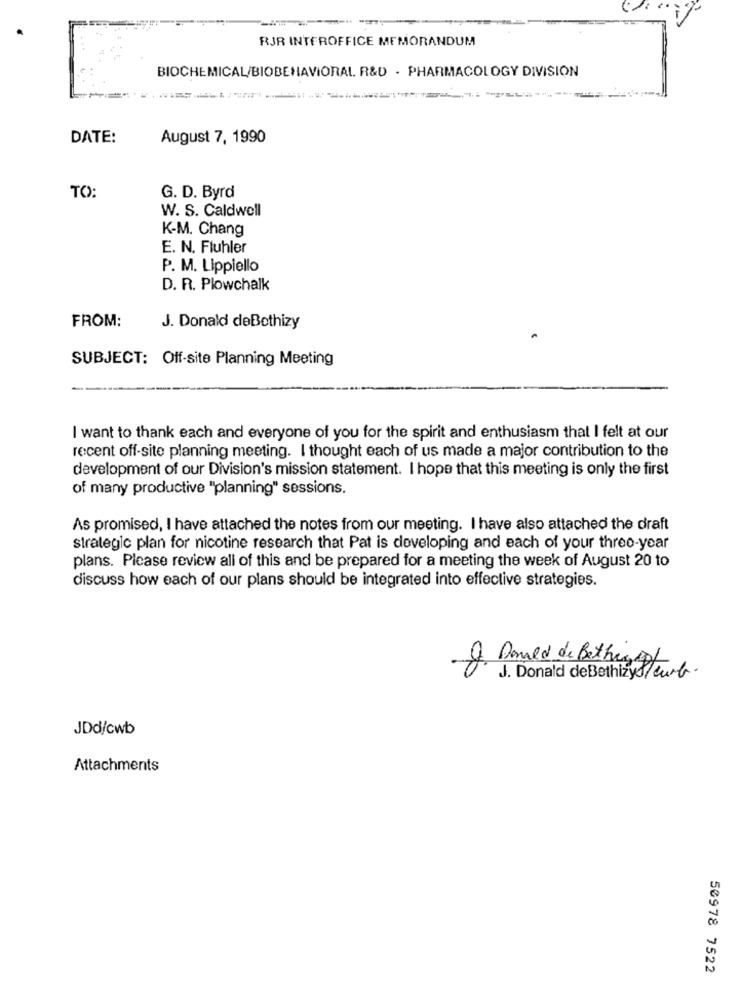
RJR INTEROFFICE MEMORANDUM
BIOCHEMICAL/BIOBEHAVIORAL. R&D - PHARMACOLOGY DIVISION
DATE:
August 7, 1990
TO:
G. D. Byrd
W. S. Caldwell
K-M. Chang
E. N. Fluhler
P. M. Lippiello
D. R. Plowchalk
FROM:
J. Donald deBothizy
SUBJECT: Off-site Planning Meeting
I want to thank each and everyone of you for the spirit and enthusiasm that I felt at our
recent off-site planning meeting. I thought each of us made a major contribution to the
development of our Division's mission statement. I hope that this meeting is only the first
of many productive "planning" sessions.
As promised, I have attached the notes from our meeting. I have also attached the draft
strategic plan for nicotine research that Pat is developing and each of your three-year
plans. Please review all of this and be prepared for a meeting the week of August 20 to
discuss how each of our plans should be integrated into effective strategies.
Q Denied de Bethey
J. Donald deBethizye curb.
JDd/cwb
Attachments
50978 7522